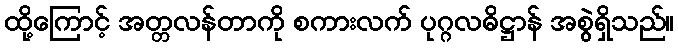
ထို့ကြောင့် အတ္တလန်တာကို စကားလက် ပုဂ္ဂလဓိဋ္ဌာန် အစွဲရှိသည်။